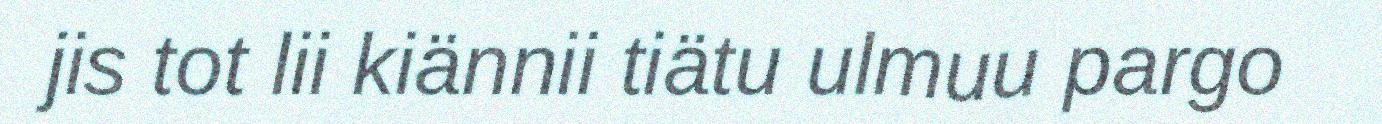
jis tot lii kiännii tiätu ulmuu pargo